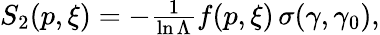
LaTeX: \begin{array}{r}{S_{2}(p,\xi)=-\frac 1{\ln\Lambda}f(p,\xi)\, \sigma(\gamma,\gamma_{0}),}\end{array}